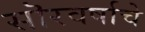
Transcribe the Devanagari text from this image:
सॊरवर्षाचे